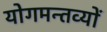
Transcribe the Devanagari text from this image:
योगमन्तव्यों